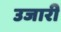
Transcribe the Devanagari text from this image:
उजारी